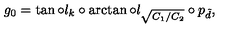
g _ { 0 } = \tan \circ l _ { k } \circ \arctan \circ l _ { \sqrt { C _ { 1 } / C _ { 2 } } } \circ p _ { \tilde { d } } ,